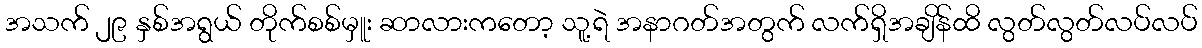
အသက် ၂၉ နှစ်အရွယ် တိုက်စစ်မှူး ဆာလားကတော့ သူ့ရဲ အနာဂတ်အတွက် လက်ရှိအချိန်ထိ လွတ်လွတ်လပ်လပ်